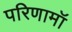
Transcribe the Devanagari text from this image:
परिणामॉ